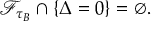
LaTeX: \mathcal { F } _ { \tau _ { B } } \cap \{ \Delta = 0 \} = \emptyset .